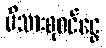
မိသားစုဝင်ငွေ